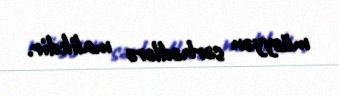
müəyyən sərhədlərə malikdir.